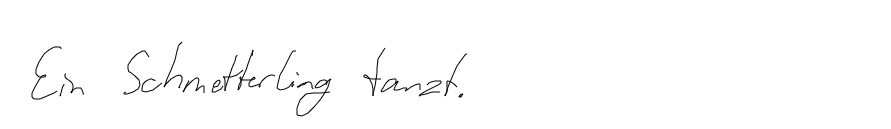
Ein Schmetterling tanzt.